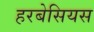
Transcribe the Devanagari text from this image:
हरबेसियस